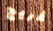
غريج